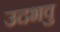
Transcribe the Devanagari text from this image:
उदभवु